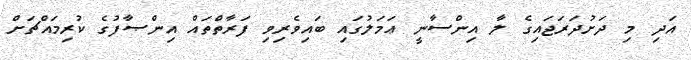
އަދި މި ދަށުދަރަޖައިގެ ލާ އިންސާނީ ޢަމަލުގައި ބައިވެރިވި ފަރާތްތައް އިންޞާފުގެ ކުރިމައްޗަށް